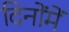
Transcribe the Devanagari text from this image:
दिनोंमें